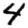
Digit: 4